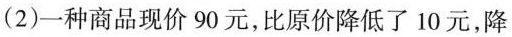
(2)一种商品现价90元，比原价降低了10元，降